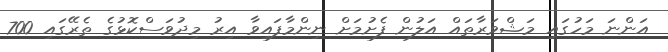
އަންނަ މަހުގައި މަޝްވަރާތައް އަލުން ފެށުމަށް ނިންމާފައިވާ އިރު މިދުވަސްކޮޅުގެ ތެރޭގައި 700